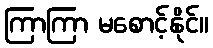
ကြာကြာ မစောင့်နိုင်။